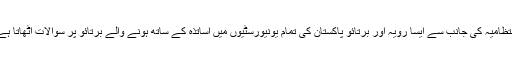
انتظامیہ کی جانب سے ایسا رویہ اور برتائو پاکستان کی تمام یونیورسٹیوں میں اساتذہ کے ساتھ ہونے والے برتائو پر سوالات اٹھاتا ہے۔